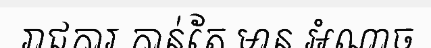
រាជការ កាន់តែ មាន អំណាច